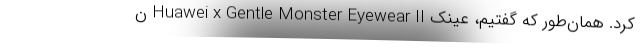
کرد. همان‌طور که گفتیم، عینک Huawei x Gentle Monster Eyewear II ن